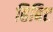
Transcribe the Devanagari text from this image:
हिबिट